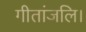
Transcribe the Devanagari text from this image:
गीतांजलि।